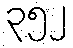
၃၅၂